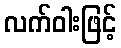
လက်ဝါးဖြင့်